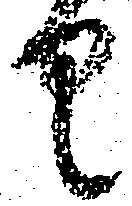
く